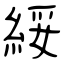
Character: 綏